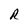
Character: R